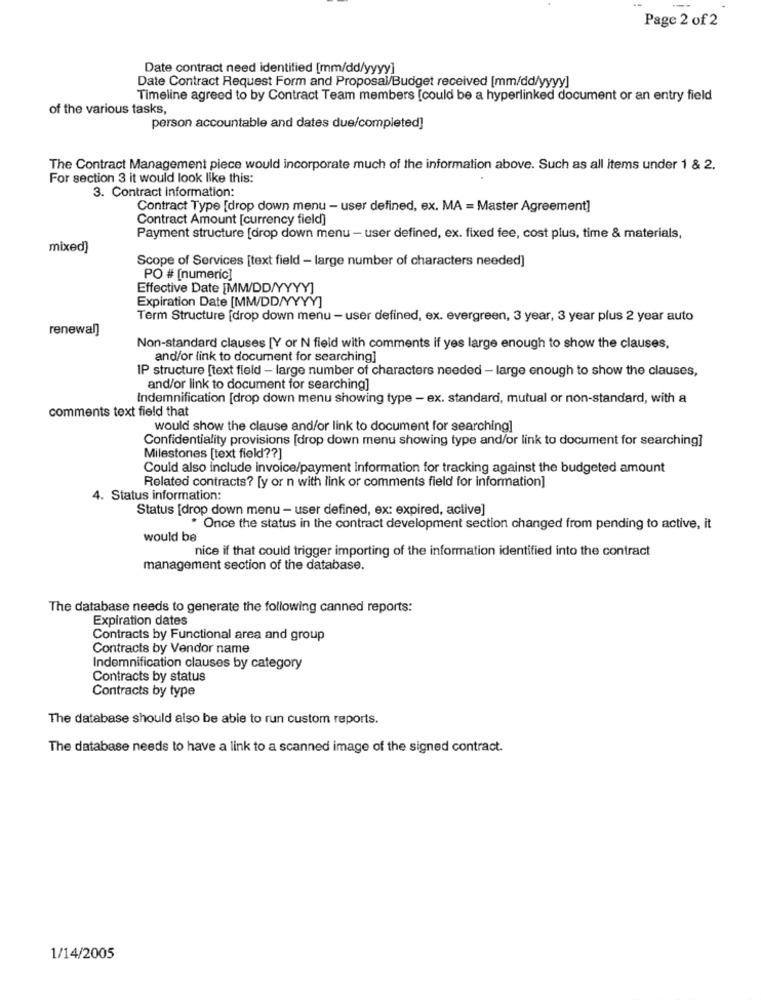
--
Page 2 of 2
Date contract need identified [mm/dd/yyyy]
Date Contract Request Form and Proposal/Budget received [mm/dd/yyyy]
Timeline agreed to by Contract Team members [could be a hyperlinked document or an entry field
of the various tasks,
person accountable and dates due/completed]
The Contract Management piece would incorporate much of the information above. Such as all items under 1 & 2.
For section 3 it would look like this:
3. Contract information:
Contract Type [drop down menu - user defined, ex. MA = Master Agreement]
Contract Amount [currency field]
Payment structure [drop down menu - user defined, ex. fixed fee, cost plus, time & materials,
mixed)
Scope of Services [text field - large number of characters needed]
PO # [numeric]
Effective Date [MM/DD/YYYY]
Expiration Date [MM/DD/YYYY]
Term Structure [drop down menu - user defined, ex. evergreen, 3 year, 3 year plus 2 year auto
renewal)
Non-standard clauses [Y or N field with comments if yes large enough to show the clauses,
and/or link to document for searching]
IP structure [text field - large number of characters needed - large enough to show the clauses,
and/or link to document for searching]
Indemnification [drop down menu showing type - ex. standard, mutual or non-standard, with a
comments text field that
would show the clause and/or link to document for searching]
Confidentiality provisions [drop down menu showing type and/or link to document for searching]
Milestones [text field ?? ]
Could also include invoice/payment information for tracking against the budgeted amount
Related contracts? [y or n with link or comments field for information]
4. Status information:
Status [drop down menu - user defined, ex: expired, active]
* Once the status in the contract development section changed from pending to active, it
would be
nice if that could trigger importing of the information identified into the contract
management section of the database.
The database needs to generate the following canned reports:
Expiration dates
Contracts by Functional area and group
Contracts by Vendor name
Indemnification clauses by category
Contracts by status
Contracts by type
The database should also be able to run custom reports.
The database needs to have a link to a scanned image of the signed contract.
1/14/2005